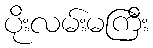
ပိုးလမ်းမကြီး